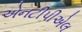
એનટીપીએલ